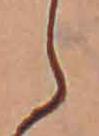
ら